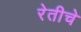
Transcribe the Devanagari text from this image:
रेतीचे